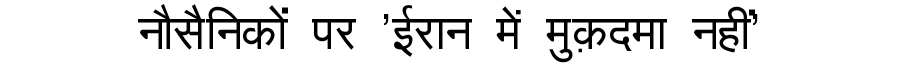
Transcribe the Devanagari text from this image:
नौसैनिकों पर 'ईरान में मुक़दमा नहीं'